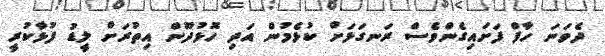
ދެވަނަ ހާފް ފަށައިގެންވެސް ރަނގަޅަށް ކުޅެމުން އަދި ހޮޅުދޫން އިތުރަށް ލީޑު ފުޅާކުރީ